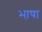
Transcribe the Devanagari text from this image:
भा़षा